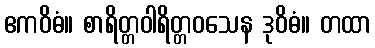
ဧကဝိဓံ။ စာရိတ္တဝါရိတ္တဝသေန ဒုဝိဓံ။ တထာ